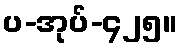
ပ-အုပ်-၄၂၅။